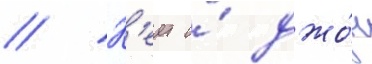
// К'еит и́ джо́н